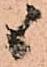
候